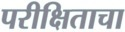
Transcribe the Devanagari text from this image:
परीक्षिताचा